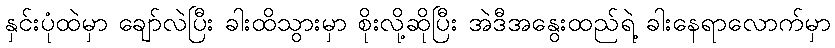
နှင်းပုံထဲမှာ ချော်လဲပြီး ခါးထိသွားမှာ စိုးလို့ဆိုပြီး အဲဒီအနွေးထည်ရဲ့ ခါးနေရာလောက်မှာ